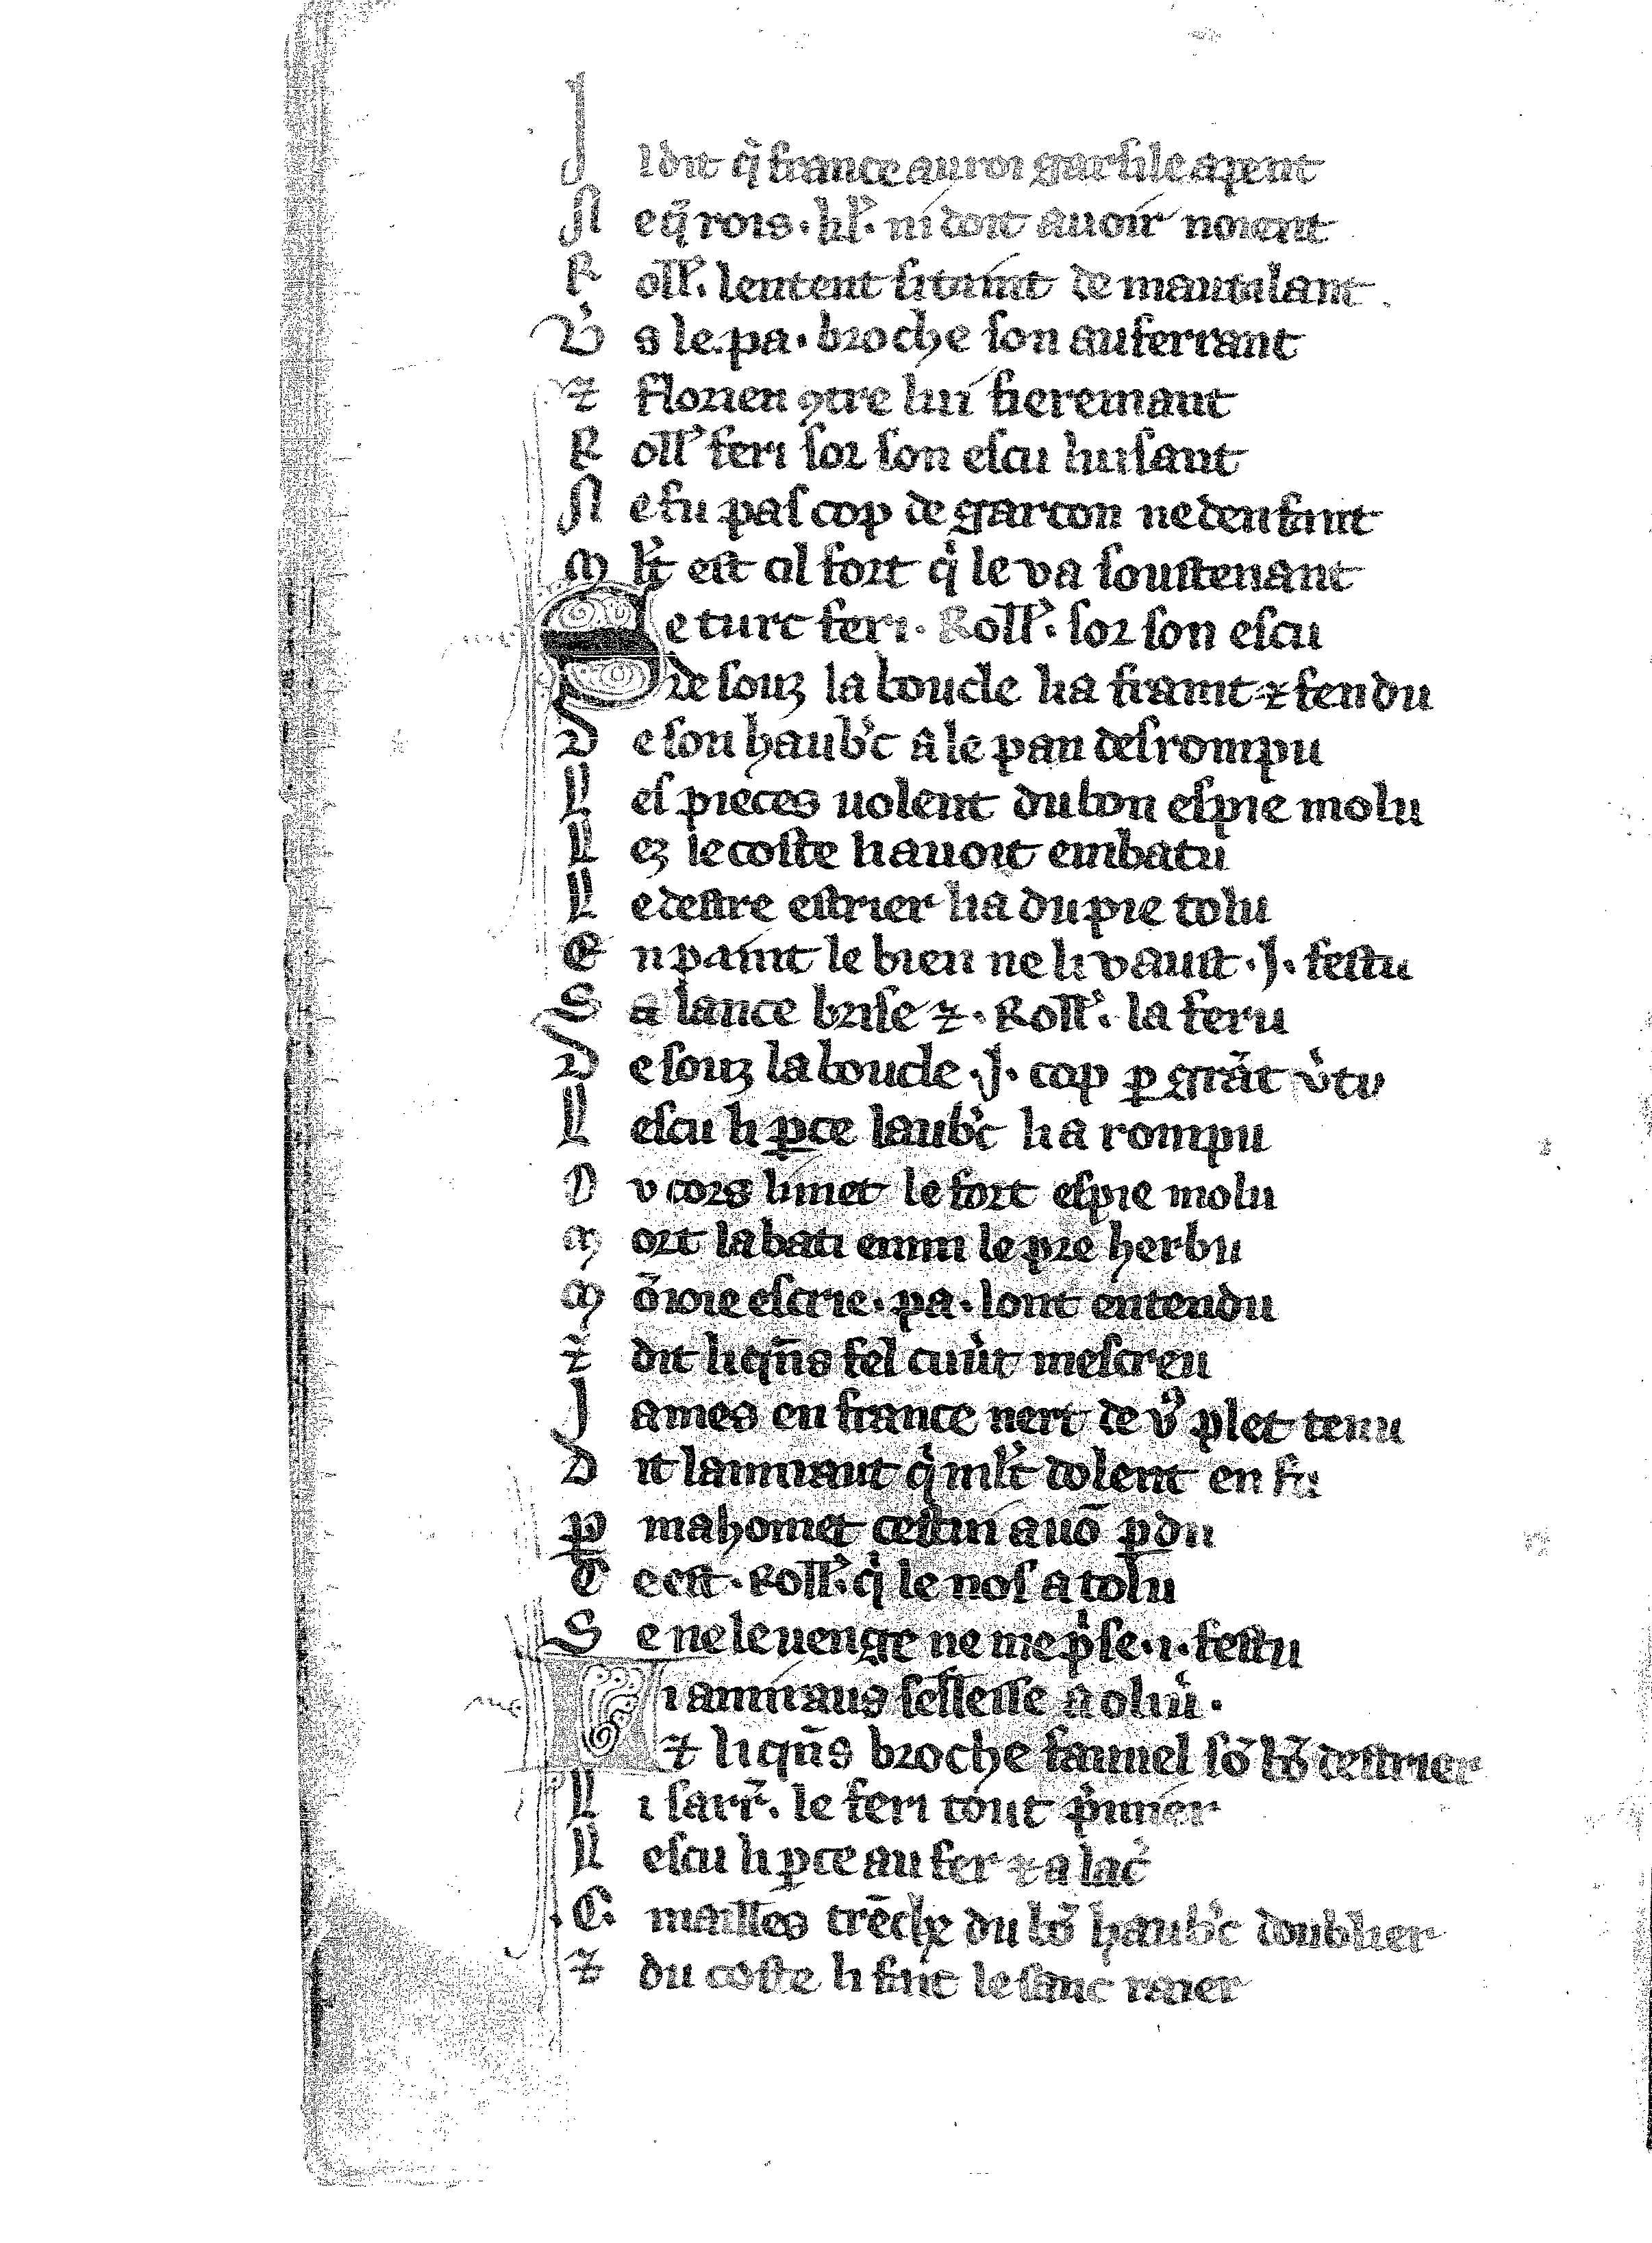
Shelfmark: Vatican, Biblioteca apostolica vaticana, Reg.lat. 1616
Century: 14